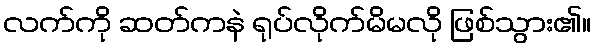
လက်ကို ဆတ်ကနဲ ရုပ်လိုက်မိမလို ဖြစ်သွား၏။